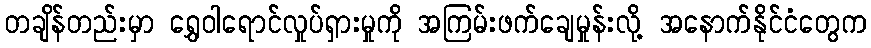
တချိန်တည်းမှာ ရွှေဝါရောင်လှုပ်ရှားမှုကို အကြမ်းဖက်ချေမှုန်းလို့ အနောက်နိုင်ငံတွေက